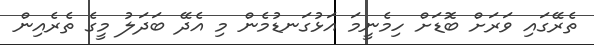
ތެރޭގައި ވަރަށް ބޮޑަށް ހިމެނީމަ އަޅުގަނޑުމެން މި އެދޭ ބަދަލު މީގެ ތެރެއިން